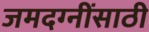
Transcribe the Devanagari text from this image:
जमदग्नींसाठी